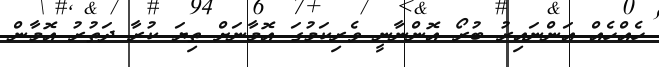
ހެއްހެއް އަންނައިރު ބުރޯ އޮންނާނީ ވެރިކަމުގަ އޮމާނަށް ތިޔަ ކުރާ ދަތުރު އޮމާން